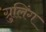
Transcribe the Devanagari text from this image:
ग्रुलिंग